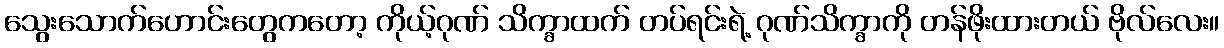
သွေးသောက်ဟောင်းတွေကတော့ ကိုယ့်ဂုဏ် သိက္ခာထက် တပ်ရင်းရဲ့ ဂုဏ်သိက္ခာကို တန်ဖိုးထားတယ် ဗိုလ်လေး။